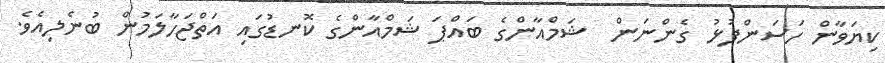
ކިޔަވާން ހަސަންފުޅު ގެންނަން  ޝަމްއާންގެ ބައްޕަ ޝަމްއާންގެ ކޮނޑުގައި އަތްޖަހާލަމުން ބުނެލިއެވެ.